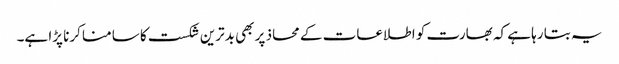
یہ بتا رہا ہے کہ بھارت کو اطلاعات کے محاذ پر بھی بدترین شکست کا سامنا کرنا پڑا ہے۔